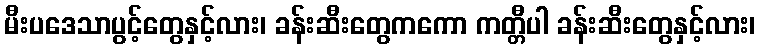
မီးပဒေသာပွင့်တွေနှင့်လား၊ ခန်းဆီးတွေကကော ကတ္တီပါ ခန်းဆီးတွေနှင့်လား၊